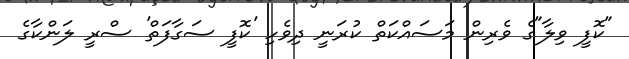
"ކޮފީ ވިލާ"ގެ ވެރިން މަސައްކަތް ކުރަނީ ދިވެހި 'ކޮފީ ސަގާފަތް' ސްރީ ލަންކާގެ